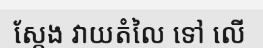
ស្តែង វាយតំលៃ ទៅ លើ